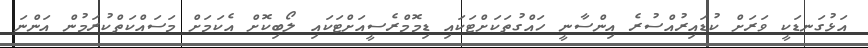
އަޅުގަނޑަކީ ވަރަށް ކުޑައިރުއްސުރެ އިންސާނީ ހައްގުތަކަށްޓަކައި ޑިމޮމްރެސީއަށްޓަކައި ލޯބިކޮށް އެކަމަށް މަސައްކަތްކުރަމުން އަންނަ